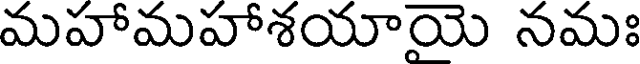
మహామహాశయాయె నమః